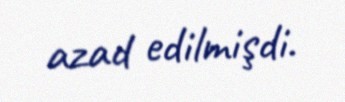
azad edilmişdi.